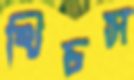
খিচস